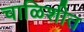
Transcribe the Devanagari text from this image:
चाळिशीत